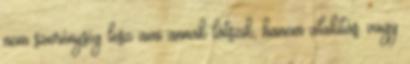
nem szerénység lesz ami annak látszik, hanem alakítás. vagy